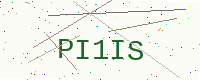
Text: PI1IS